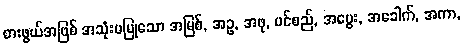
စားဖွယ်အဖြစ် အသုံးမပြုသော အမြစ်, အဥ, အဖု, ပင်စည်, အပွေး, အခေါက်, အကာ,